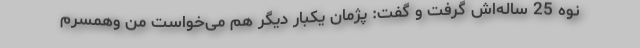
نوه 25 ساله‌اش گرفت و گفت: پژمان یکبار دیگر هم می‌خواست من وهمسرم